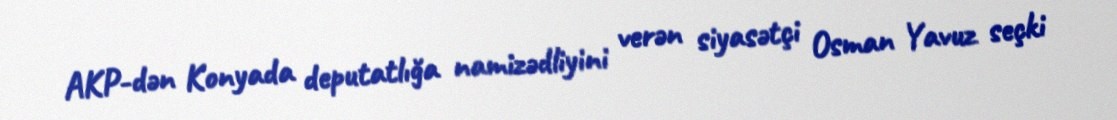
AKP-dən Konyada deputatlığa namizədliyini verən siyasətçi Osman Yavuz seçki